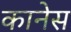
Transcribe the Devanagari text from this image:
कानेस